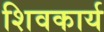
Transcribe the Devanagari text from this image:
शिवकार्य